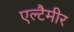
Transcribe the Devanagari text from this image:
एल्टैमीर